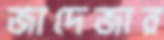
জাদেজার